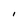
Character: 1